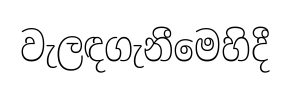
වැලඳගැනීමෙහිදී